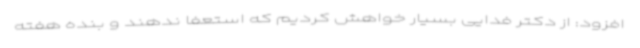
افزود: از دکتر فدایی بسیار خواهش کردیم که استعفا ندهند و بنده هفته